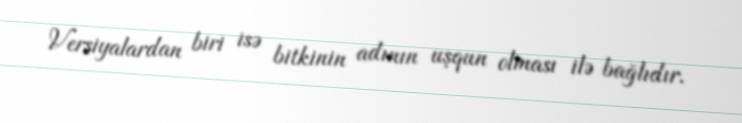
Versiyalardan biri isə bitkinin adının uşqun olması ilə bağlıdır.